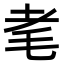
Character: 𦒷